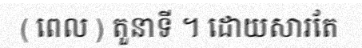
( ពេល ) តួនាទី ។ ដោយសារតែ